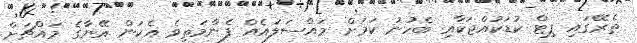
ތެރޭގައި ޕިޓް ކުޑަކުއްޖަކާއި ބެހުނު ކަމަށް މައްސަލައެއް ފެންމަތިވެ އެކަން އޭނާގެ މައްޗަށް